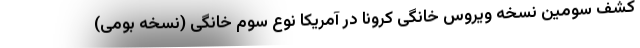
کشف سومین نسخه ویروس خانگی کرونا در آمریکا نوع سوم خانگی (نسخه بومی)